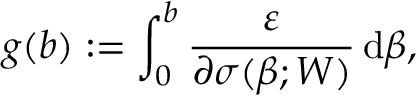
g ( b ) : = \int _ { 0 } ^ { b } \frac { \varepsilon } { \partial \sigma ( \beta ; W ) } \, \mathrm { d } \beta ,